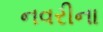
નવરીના